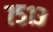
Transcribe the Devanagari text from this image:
७५१३